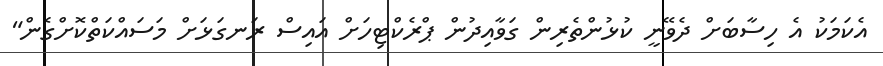
އެކަމަކު އެ ހިސާބަށް ދެވޭނީ ކުޅުންތެރިން ގަވާއިދުން ޕްރެކްޓިހަށް އައިސް ރަނގަޅަށް މަސައްކަތްކޮށްގެން"